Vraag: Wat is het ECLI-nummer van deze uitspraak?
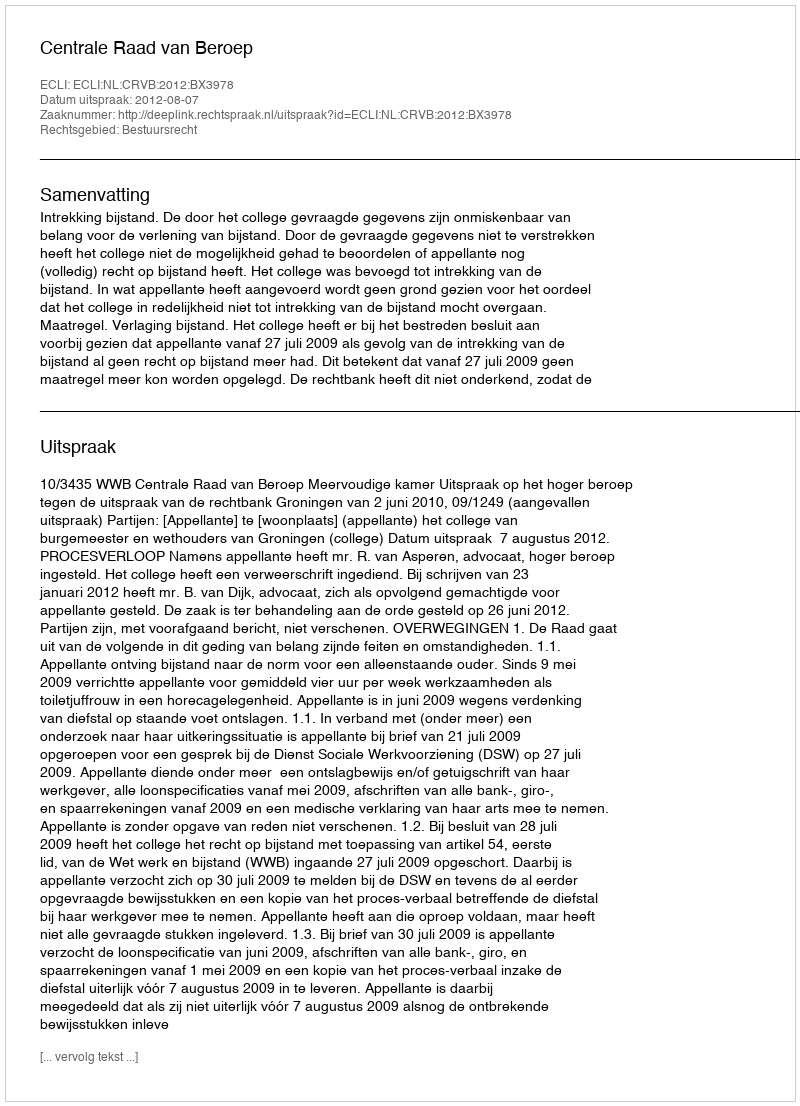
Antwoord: ECLI:NL:CRVB:2012:BX3978